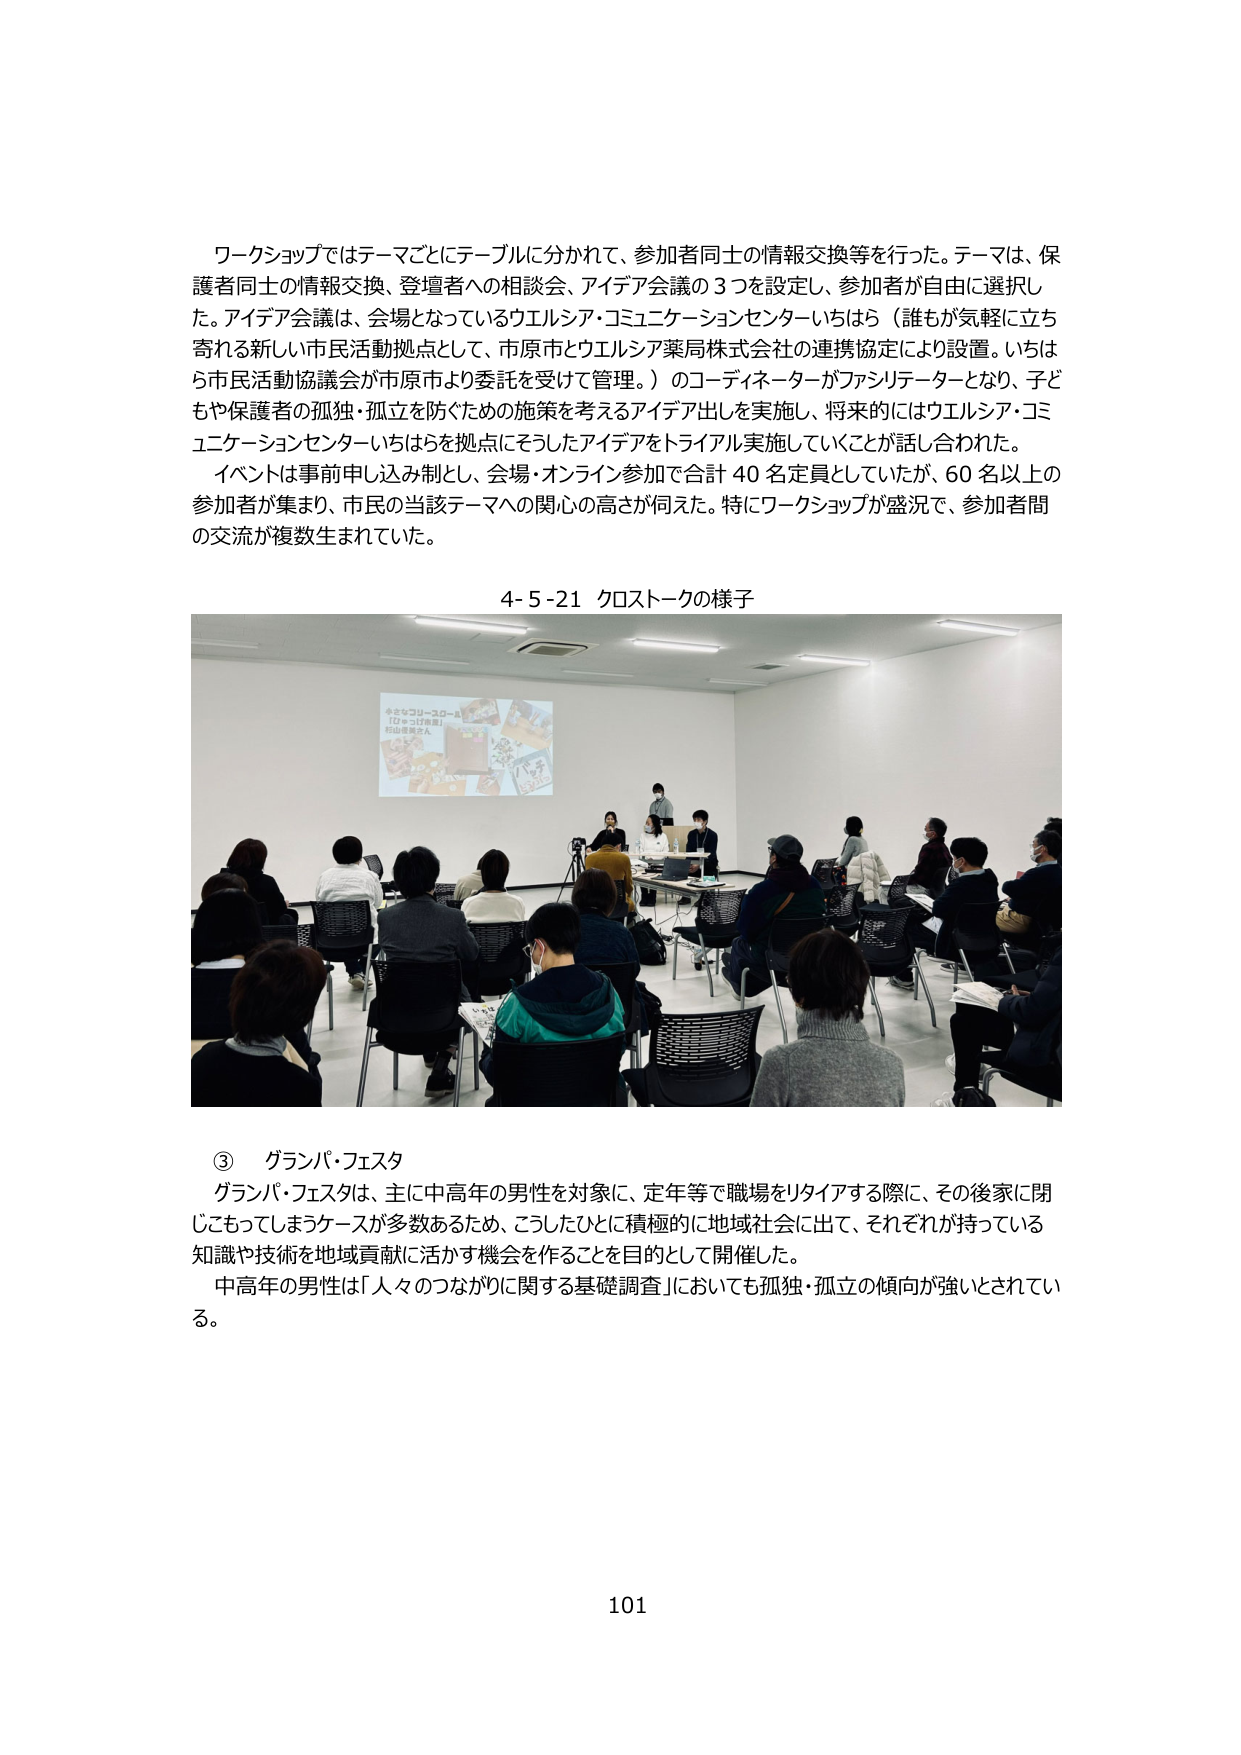
ワークショップではテーマごとにテーブルに分かれて、参加者同士の情報交換等を行った。テーマは、保護者同士の情報交換、登壇者への相談会、アイデア会議の3つを設定し、参加者が自由に選択した。アイデア会議は、会場となっているウエルシア・コミュニケーションセンターいちはら（誰もが気軽に立ち寄れる新しい市民活動拠点として、市原市とウエルシア薬局株式会社の連携協定により設置。いちはら市民活動協議会が市原市より委託を受けて管理。）のコーディネーターがファシリテーターとなり、子どもや保護者の孤独・孤立を防ぐための施策を考えるアイデア出しを実施し、将来的にはウエルシア・コミュニケーションセンターいちはらを拠点にそうしたアイデアをトライアル実施していくことが話し合われた。

イベントは事前申し込み制とし、会場・オンライン参加で合計40名定員としていたが、60名以上の参加者が集まり、市民の当該テーマへの関心の高さが伺えた。特にワークショップが盛況で、参加者間の交流が複数生まれていた。

4-5-21 クロストークの様子

③ グランパ・フェスタ
グランパ・フェスタは、主に中高年の男性を対象に、定年等で職場をリタイアする際に、その後家に閉じこもってしまうケースが多数あるため、こうしたひとに積極的に地域社会に出て、それぞれが持っている知識や技術を地域貢献に活かす機会を作ることを目的として開催した。
中高年の男性は「人々のつながりに関する基礎調査」においても孤独・孤立の傾向が強いとされている。

101